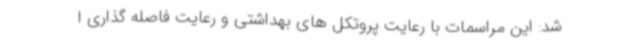
شد: این مراسمات با رعایت پروتکل های بهداشتی و رعایت فاصله گذاری ا